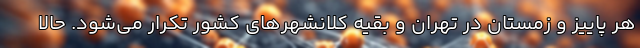
هر پاییز و زمستان در تهران و بقیه کلانشهرهای کشور تکرار می‌شود. حالا